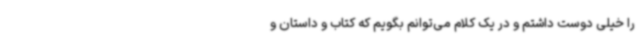
را خیلی دوست داشتم و در یک کلام می‌توانم بگویم که کتاب و داستان و